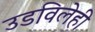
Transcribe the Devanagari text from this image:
उडविलेही